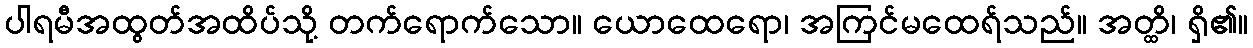
ပါရမီအထွတ်အထိပ်သို့ တက်ရောက်သော။ ယောထေရော၊ အကြင်မထေရ်သည်။ အတ္ထိ၊ ရှိ၏။